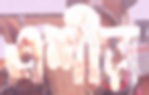
এশীয়